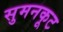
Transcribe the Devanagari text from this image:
सुमनकूट